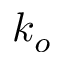
k _ { o }